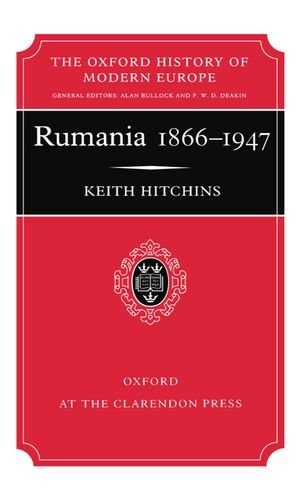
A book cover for Rumania 1866-1947 (Oxford History of Modern Europe); Keith Hitchins; History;